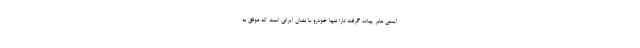
ایمنی عابر پیاده گرفت تارا تنها خودرو با نشان ایرانی است که موفق به